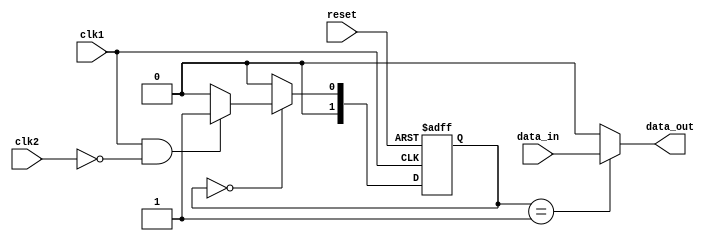
module Asynchronous_FIFO_Synchronizer (
    input wire clk1,
    input wire clk2,
    input wire reset,
    input wire data_in,
    output reg data_out
);

reg [1:0] state;
parameter IDLE = 2'b00;
parameter SYNC = 2'b01;

assign data_out = state == SYNC ? data_in : 1'b0;

always @(posedge clk1 or posedge reset) begin
    if (reset) begin
        state <= IDLE;
    end else begin
        case (state)
            IDLE: begin
                if (clk1 && !clk2) begin
                    state <= SYNC;
                end else begin
                    state <= IDLE;
                end
            end
            SYNC: begin
                state <= IDLE;
            end
            default: state <= IDLE;
        endcase
    end
end

endmodule